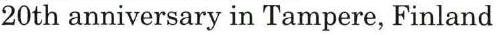
20th anniversary in Tampere, Finland